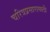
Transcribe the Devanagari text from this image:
चरित्रप्रसारासाठी